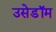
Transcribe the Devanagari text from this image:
उसेडॉम